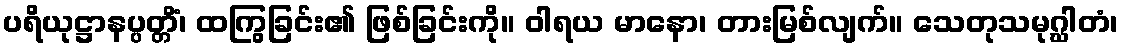
ပရိယုဋ္ဌာနပ္ပတ္တိံ၊ ထကြွခြင်း၏ ဖြစ်ခြင်းကို။ ဝါရယ မာနော၊ တားမြစ်လျက်။ သေတုသမုဂ္ဃါတံ၊